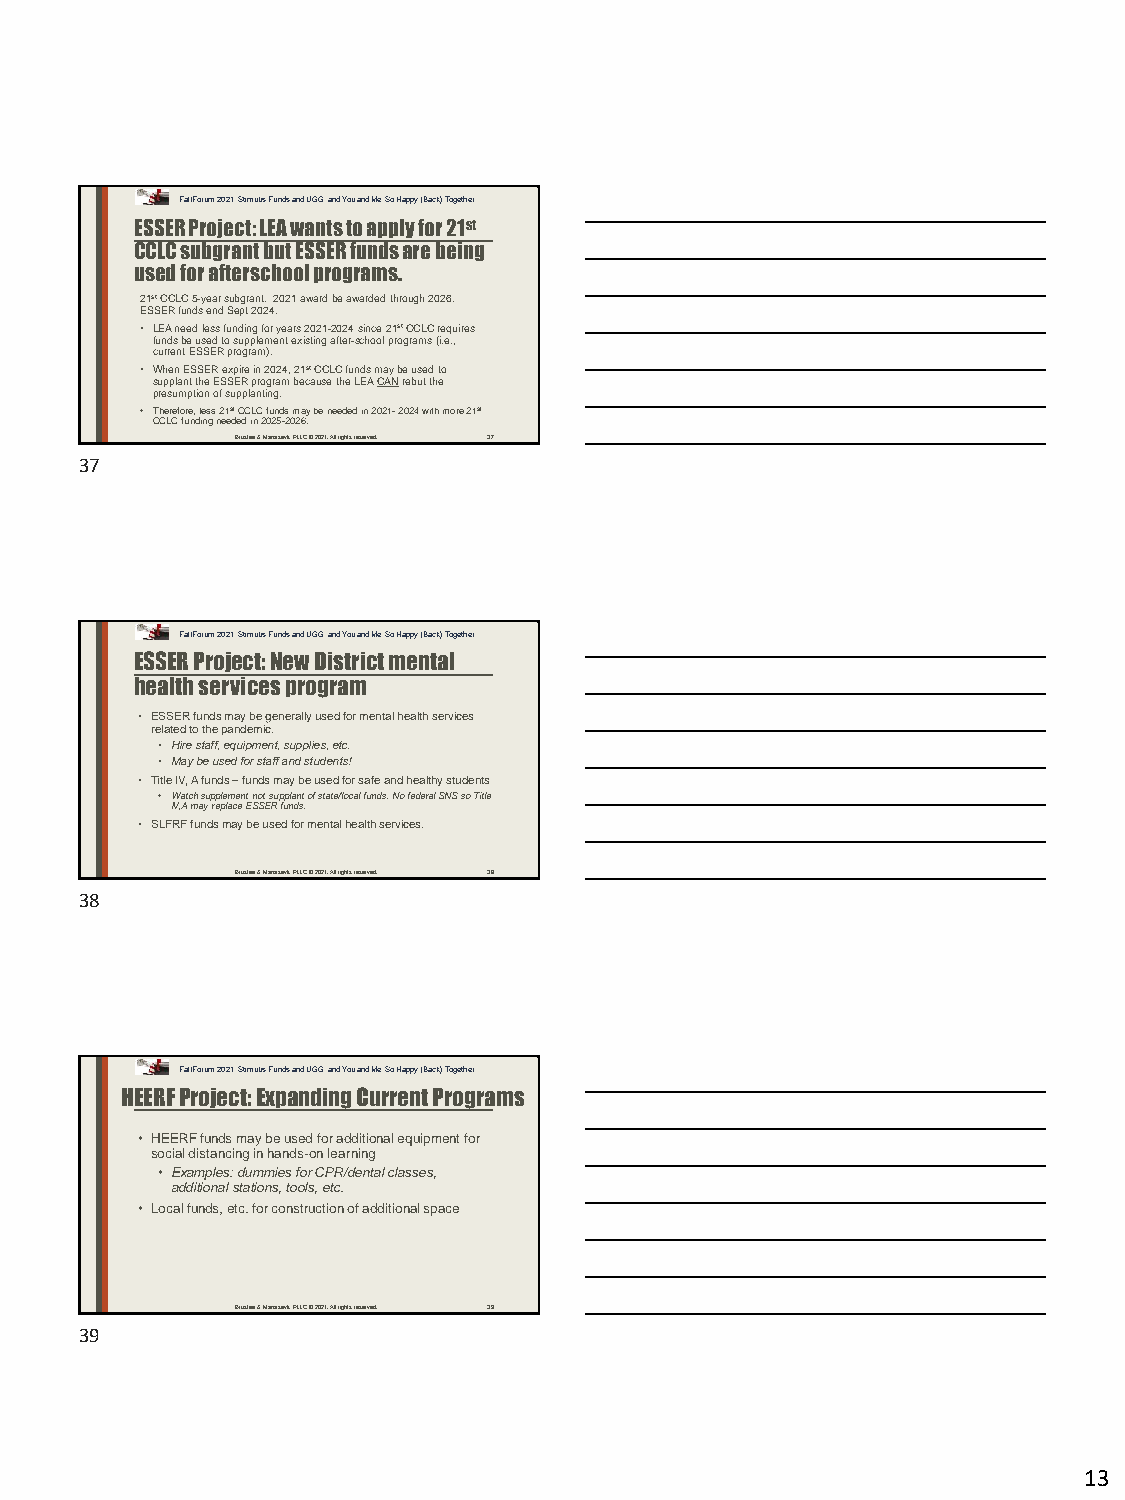
Fall Forum 2021: Stimulus Funds and UGG, and You and Me, So Happy (Back) Together
 ESSER Project: LEA wants to apply for 21st
 CCLC subgrant but ESSER funds are being
 used for afterschool programs.
 21stCCLC 5-year subgrant. 2021 award be awarded through 2026.
 ESSER funds end Sept 2024.
 • LEA need less funding for years 2021-2024 since 21stCCLC requires
 funds be used to supplement existing after-school programs (i.e.,
 current ESSER program).
 • When ESSER expire in 2024, 21stCCLC funds may be used to
 supplant the ESSER program because the LEA CANrebut the
 presumption of supplanting.
 • Therefore, less 21stCCLC funds may be needed in 2021-2024 with more 21st
 CCLC funding needed in 2025-2026.
 Brustein & Manasevit, PLLC © 2021. All rights reserved. 37
 37
 Fall Forum 2021: Stimulus Funds and UGG, and You and Me, So Happy (Back) Together
 ESSER Project: New District mental
 health services program
 • ESSER funds may be generally used for mental health services
 related to the pandemic.
 • Hire staff, equipment, supplies, etc.
 • May be used for staff and students!
 • Title IV, A funds –funds may be used for safe and healthy students
 • Watch supplement not supplant of state/local funds. No federal SNS so Title
 IV,A may replace ESSER funds.
 • SLFRF funds may be used for mental health services.
 Brustein & Manasevit, PLLC © 2021. All rights reserved. 38
 38
 Fall Forum 2021: Stimulus Funds and UGG, and You and Me, So Happy (Back) Together
 HEERF Project: Expanding Current Programs
 • HEERF funds may be used for additional equipment for
 social distancing in hands-on learning
 • Examples: dummies for CPR/dental classes,
 additional stations, tools, etc.
 • Local funds, etc. for construction of additional space
 Brustein & Manasevit, PLLC © 2021. All rights reserved. 39
 39
 13